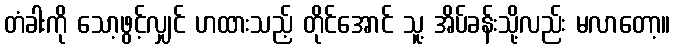
တံခါးကို သော့ဖွင့်လျှင် ဟထားသည့် တိုင်အောင် သူ့ အိပ်ခန်းသို့လည်း မလာတော့။